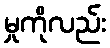
မှုကိုလည်း